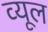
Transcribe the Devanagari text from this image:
व्यूल